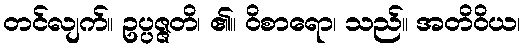
တင်လျက်။ ဥပ္ပဇ္ဇတိ၊ ၏။ ဝိစာရော၊ သည်။ အတိဝိယ၊